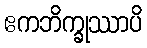
ဧကဘိက္ခုဿာပိ